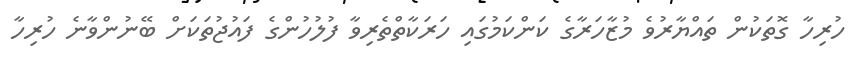
ހުރިހާ ގޮތަކުން ތައްޔާރުވެ މުޒާހަރާގެ ކަންކަމުގައި ހަރަކާތްތެރިވާ ފުލުހުންގެ ފައުޖުތަކަށް ބޭނުންވާނެ ހުރިހާ